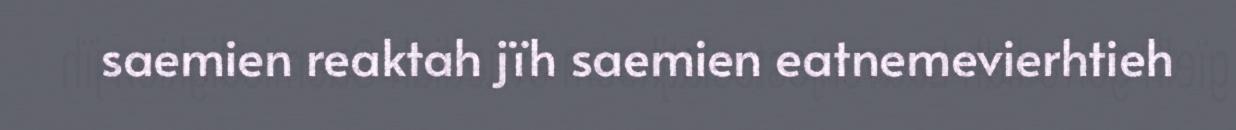
saemien reaktah jïh saemien eatnemevierhtieh